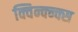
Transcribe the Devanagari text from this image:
क्विन्क्न्क्स